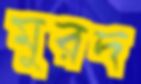
মুরদ